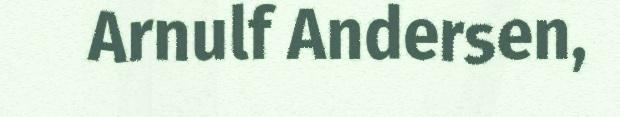
Arnulf Andersen,